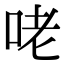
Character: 咾